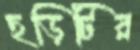
ছড়িটির